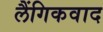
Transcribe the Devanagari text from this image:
लैंगिकवाद